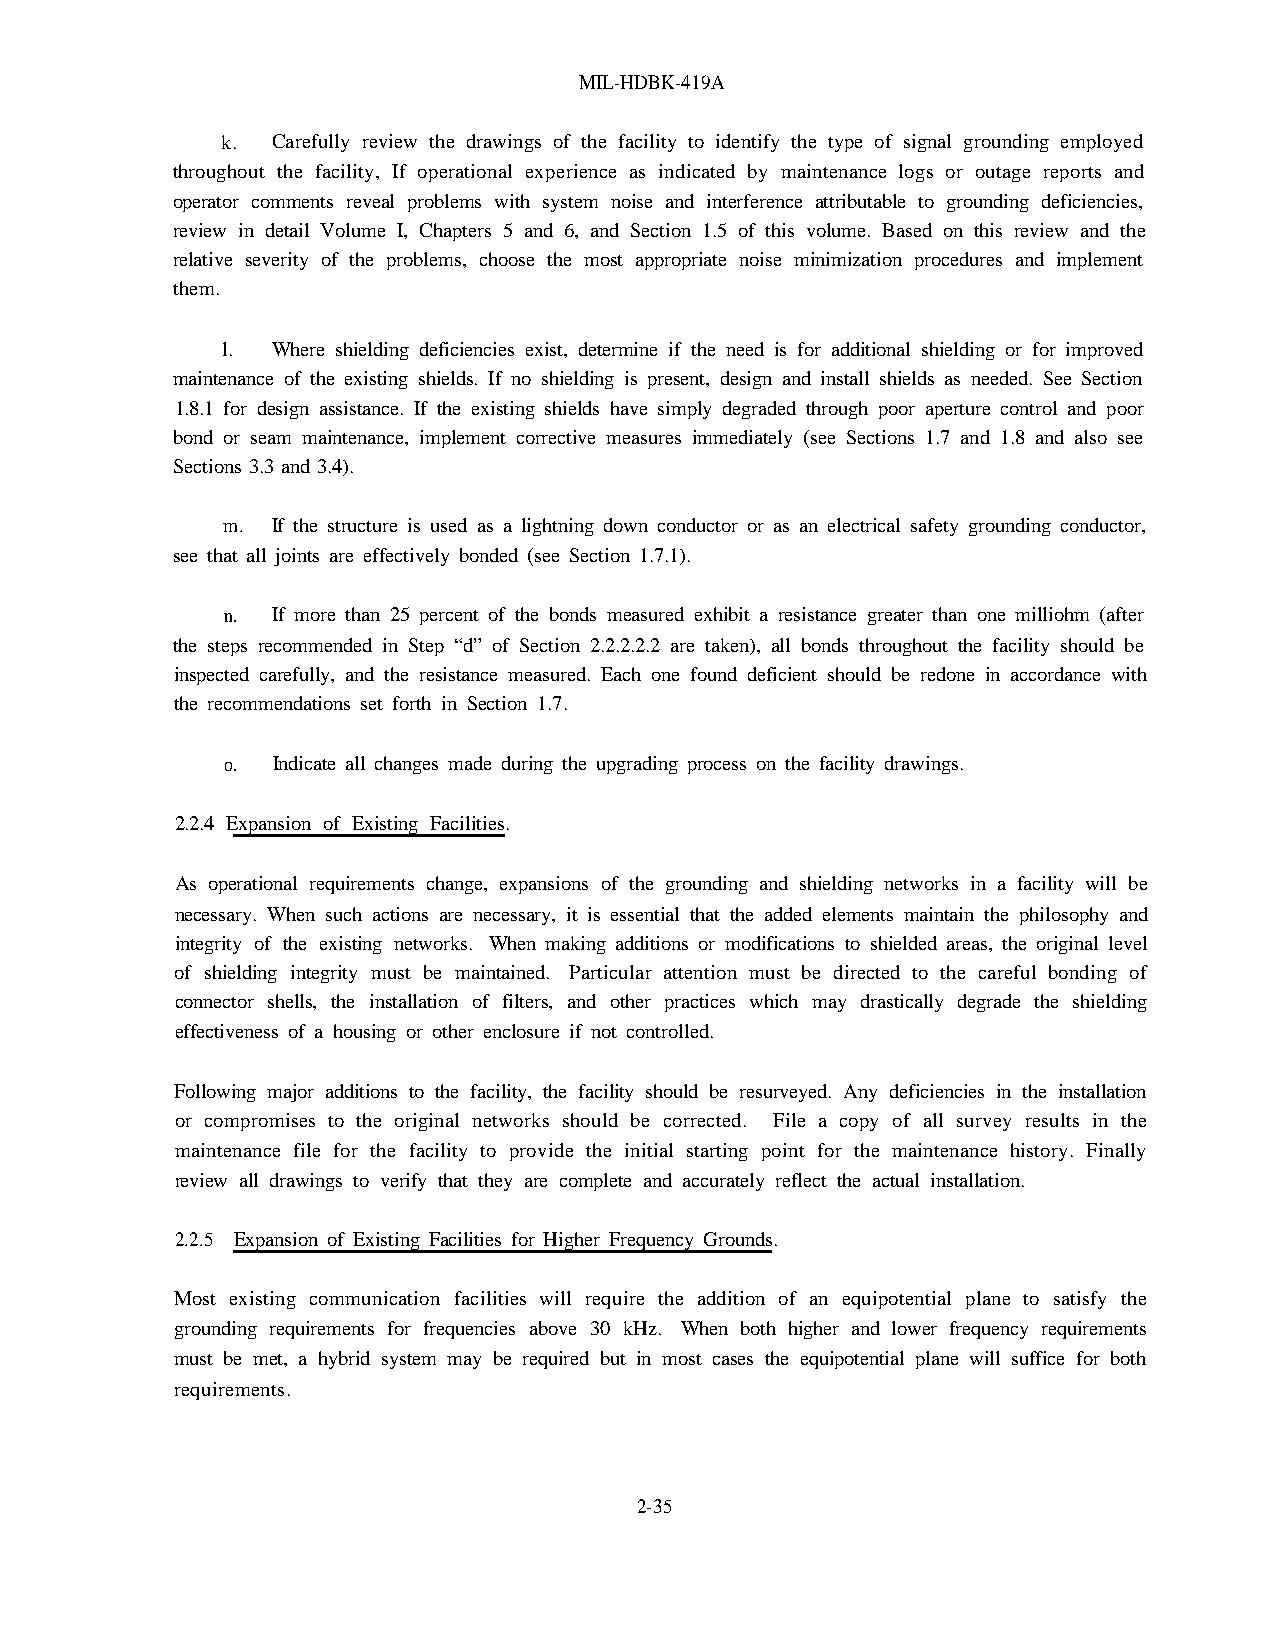
MIL-HDBK-419A
 k. Carefully review the drawings of the facility to identify the type of signal grounding employed
 throughout the facility, If operational experience as indicated by maintenance logs or outage reports and
 operator comments reveal problems with system noise and interference attributable to grounding deficiencies,
 review in detail Volume I, Chapters 5 and 6, and Section 1.5 of this volume. Based on this review and the
 relative severity of the problems, choose the most appropriate noise minimization procedures and implement
 them.
 l. Where shielding deficiencies exist, determine if the need is for additional shielding or for improved
 maintenance of the existing shields. If no shielding is present, design and install shields as needed. See Section
 1.8.1 for design assistance. If the existing shields have simply degraded through poor aperture control and poor
 bond or seam maintenance, implement corrective measures immediately (see Sections 1.7 and 1.8 and also see
 Sections 3.3 and 3.4).
 m. If the structure is used as a lightning down conductor or as an electrical safety grounding conductor,
 see that all joints are effectively bonded (see Section 1.7.1).
 n. If more than 25 percent of the bonds measured exhibit a resistance greater than one milliohm (after
 the steps recommended in Step “d” of Section 2.2.2.2.2 are taken), all bonds throughout the facility should be
 inspected carefully, and the resistance measured. Each one found deficient should be redone in accordance with
 the recommendations set forth in Section 1.7.
 o. Indicate all changes made during the upgrading process on the facility drawings.
 2.2.4 Expansion of Existing Facilities.
 As operational requirements change, expansions of the grounding and shielding networks in a facility will be
 necessary. When such actions are necessary, it is essential that the added elements maintain the philosophy and
 integrity of the existing networks. When making additions or modifications to shielded areas, the original level
 of shielding integrity must be maintained. Particular attention must be directed to the careful bonding of
 connector shells, the installation of filters, and other practices which may drastically degrade the shielding
 effectiveness of a housing or other enclosure if not controlled.
 Following major additions to the facility, the facility should be resurveyed. Any deficiencies in the installation
 or compromises to the original networks should be corrected. File a copy of all survey results in the
 maintenance file for the facility to provide the initial starting point for the maintenance history. Finally
 review all drawings to verify that they are complete and accurately reflect the actual installation.
 2.2.5 Expansion of Existing Facilities for Higher Frequency Grounds.
 Most existing communication facilities will require the addition of an equipotential plane to satisfy the
 grounding requirements for frequencies above 30 kHz. When both higher and lower frequency requirements
 must be met, a hybrid system may be required but in most cases the equipotential plane will suffice for both
 requirements.
 2-35